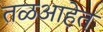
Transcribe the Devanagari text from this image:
तळआहेत